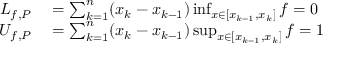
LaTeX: \begin{array} { r l } { L _ { f , P } } & { { } = \sum _ { k = 1 } ^ { n } ( x _ { k } - x _ { k - 1 } ) \operatorname* { i n f } _ { x \in [ x _ { k - 1 } , x _ { k } ] } f = 0 } \\ { U _ { f , P } } & { { } = \sum _ { k = 1 } ^ { n } ( x _ { k } - x _ { k - 1 } ) \operatorname* { s u p } _ { x \in [ x _ { k - 1 } , x _ { k } ] } f = 1 } \end{array}